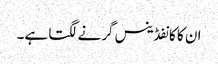
ان کا کانفڈینس گرنے لگتا ہے۔